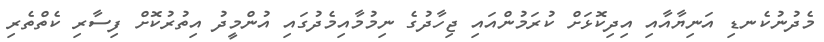
މެދުނުކެނޑި އަނިޔާއާއި އިދިކޮޅަށް ކުރަމުންއައި ޖިހާދުގެ ނިމުމާއިމެދުގައި އުންމީދު އިތުރުކޮށް ފިސާރި ކެތްތެރި